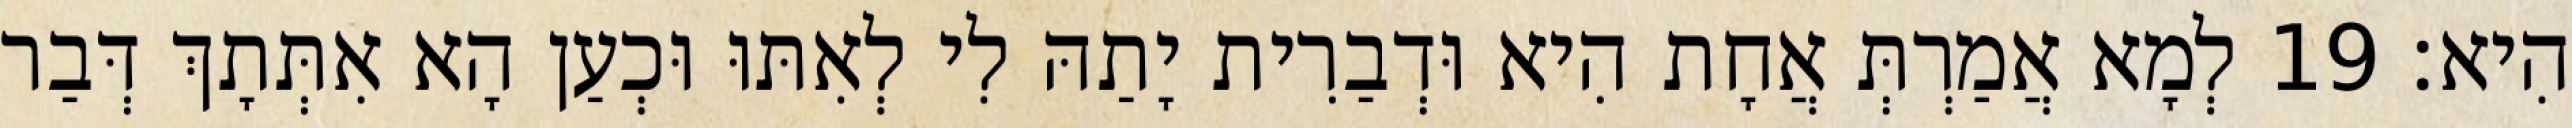
הִיא׃ 19 לְמָא אֲמַרְתְּ אֲחָת הִיא וּדְבַרִית יָתַהּ לִי לְאִתּוּ וּכְעַן הָא אִתְּתָךְ דְּבַר